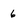
Character: 6